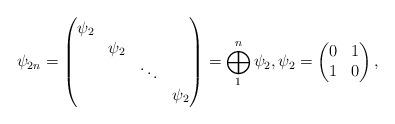
LaTeX: \begin{align*}\psi_{2n} = \begin{pmatrix}\psi_{2} \\ &\psi_{2} \\ && \ddots \\ &&&\psi_{2}\end{pmatrix} = \bigoplus_{1}^{n}\psi_{2}, \psi_{2} = \begin{pmatrix}0 & 1 \\1 & 0\end{pmatrix},\end{align*}